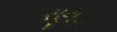
સૂનર